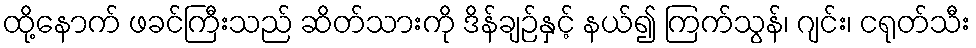
ထို့နောက် ဖခင်ကြီးသည် ဆိတ်သားကို ဒိန်ချဉ်နှင့် နယ်၍ ကြက်သွန်၊ ဂျင်း၊ ငရုတ်သီး